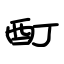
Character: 酊